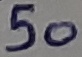
Text: 50